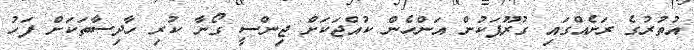
އުތުރުގެ ރަށެއްގައި ގުރޫޕަކުން އަންހެން ކުއްޖަކަށް ޖިންސީ ގޯނާ ކުރި ހާދިސާތަކަށް ފަހު